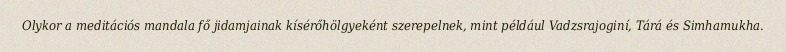
Olykor a meditációs mandala fő jidamjainak kísérőhölgyeként szerepelnek, mint például Vadzsrajoginí, Tárá és Simhamukha.